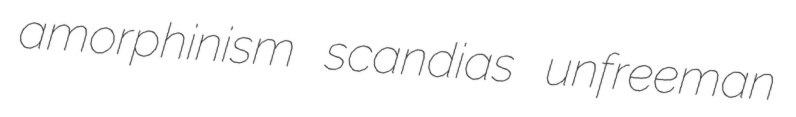
amorphinism scandias unfreeman